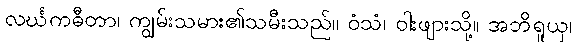
လင်္ဃကဓီတာ၊ ကျွမ်းသမား၏သမီးသည်။ ဝံသံ၊ ဝါးဖျားသို့။ အဘိရူယှ၊